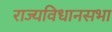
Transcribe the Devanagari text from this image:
राज्यविधानसभा